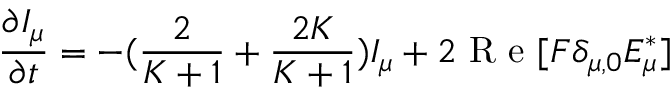
\frac { \partial I _ { \mu } } { \partial t } = - ( \frac { 2 } { K + 1 } + \frac { 2 K } { K + 1 } ) I _ { \mu } + 2 \textrm { R e } [ F \delta _ { \mu , 0 } E _ { \mu } ^ { * } ]